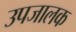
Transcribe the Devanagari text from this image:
उपजालक